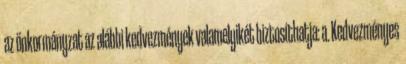
az önkormányzat az alábbi kedvezmények valamelyikét biztosíthatja: a. Kedvezményes